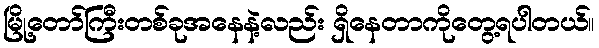
မြို့တော်ကြီးတစ်ခုအနေနဲ့လည်း ရှိနေတာကိုတွေ့ရပါတယ်။